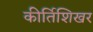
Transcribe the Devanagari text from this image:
कीर्तिशिखर